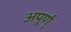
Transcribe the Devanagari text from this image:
अपूर्ण्‌